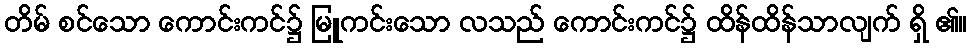
တိမ် စင်သော ကောင်းကင်၌ မြူကင်းသော လသည် ကောင်းကင်၌ ထိန်ထိန်သာလျက် ရှိ ၏။